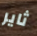
ثاير